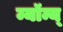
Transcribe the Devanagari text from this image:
म्यॉन्य्